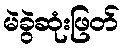
မဲခွဲဆုံးဖြတ်